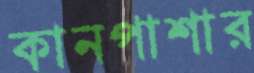
কানপাশার